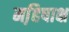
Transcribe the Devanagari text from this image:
महि़षाक्ष